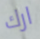
ارك